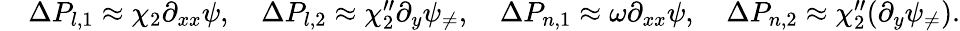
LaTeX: \begin{array}{rl}&{\Delta P_{l,1}\approx\chi_{2}\partial_{xx}\psi,\quad\Delta P_{l,2}\approx\chi_{2}^{\prime\prime}\partial_{y}\psi_{\neq},\quad\Delta P_{n,1}\approx\omega\partial_{xx}\psi,\quad\Delta P_{n,2}\approx\chi_{2}^{\prime\prime}(\partial_{y}\psi_{\neq}).}\end{array}